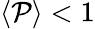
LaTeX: \langle\mathcal{P}\rangle<1